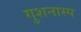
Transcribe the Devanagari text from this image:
गुशनास्प